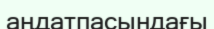
аңдатпасындағы